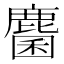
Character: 麕